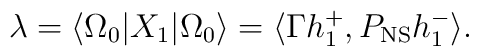
\lambda = \langle \Omega_0 | X_1 | \Omega_0\rangle = \langle \Gamma h_1^+, P_{\rm NS}h_1^- \rangle .